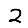
Digit: 2